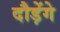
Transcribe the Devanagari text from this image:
दौड़ेंगे